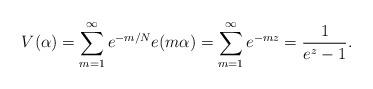
LaTeX: \begin{align*} V(\alpha) = \sum_{m = 1}^{\infty} e^{-m / N} e(m \alpha) = \sum_{m = 1}^{\infty} e^{-m z} = \frac1{e^z - 1}.\end{align*}